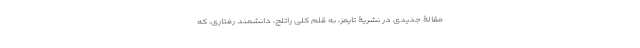
مقالۀ جدیدی در نشریۀ تایمز، به قلم کِلِی راتلج، دانشمند رفتاری، که